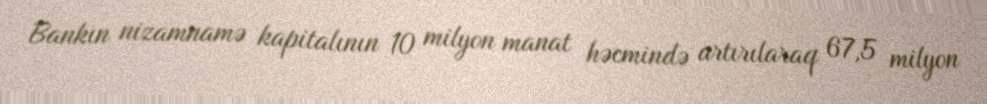
Bankın nizamnamə kapitalının 10 milyon manat həcmində artırılaraq 67,5 milyon